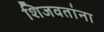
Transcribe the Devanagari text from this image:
शिजवतांना